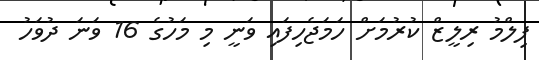
ފިލްމު ރިލީޒް ކުރުމަށް ހަމަޖެހިފައި ވަނީ މި މަހުގެ 16 ވަނަ ދުވަހު